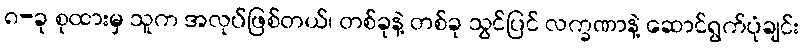
၈-ခု စုထားမှ သူက အလုပ်ဖြစ်တယ်၊ တစ်ခုနဲ့ တစ်ခု သွင်ပြင် လက္ခဏာနဲ့ ဆောင်ရွက်ပုံချင်း